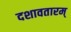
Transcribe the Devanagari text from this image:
दशावतारम्‌